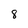
Character: 8